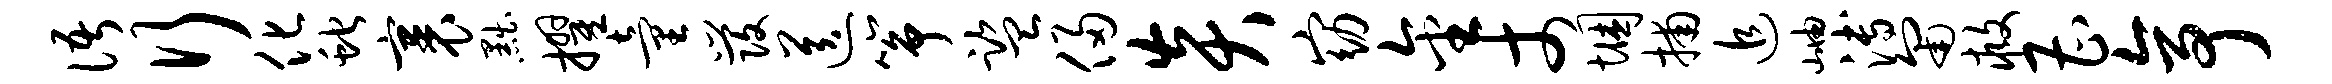
语行化蛇裹黜擢童发送筝监侵炎窈金丈悃捕追岫溥匍救曹亭